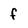
Character: f